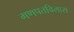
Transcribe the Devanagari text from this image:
गणपतविलास